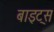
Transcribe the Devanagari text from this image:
बाइट्‌स